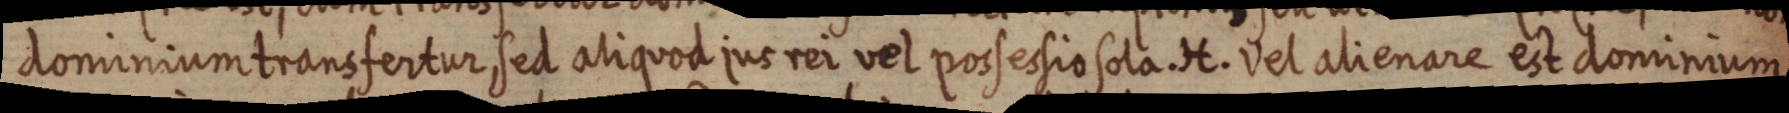
dominium transfertur, sed aliquod jus rei vel possessio sola. H. vel alienare est dominium